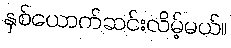
နှစ်ယောက်ဆင်းလိမ့်မယ်။